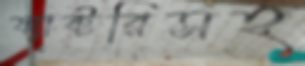
ফ্যাক্টরিসহ